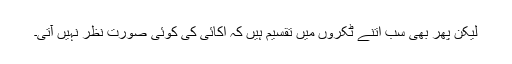
لیکن پھر بھی سب اتنے ٹکروں میں تقسیم ہیں کہ اکائی کی کوئی صورت نظر نہیں آتی۔